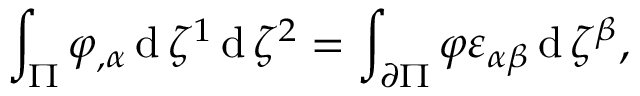
\int _ { \Pi } \varphi _ { , \alpha } \operatorname { d } \zeta ^ { 1 } \operatorname { d } \zeta ^ { 2 } = \int _ { \partial \Pi } \varphi \varepsilon _ { \alpha \beta } \operatorname { d } \zeta ^ { \beta } ,